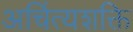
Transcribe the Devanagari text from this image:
अचिंत्यशक्ति